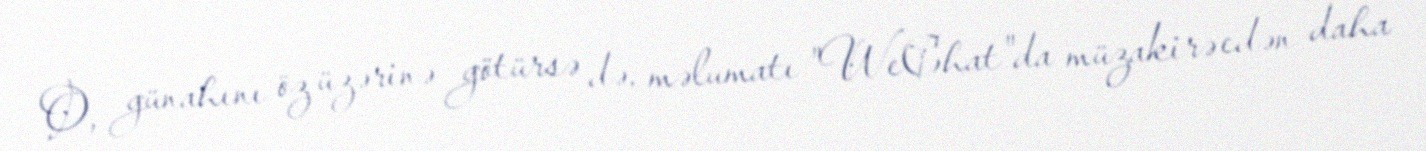
O, günahını öz üzərinə götürsə də, məlumatı "WeChat"da müzakirə edən daha